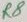
Text: R8